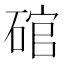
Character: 𮀩